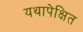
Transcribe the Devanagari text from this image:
यथापेक्षित